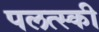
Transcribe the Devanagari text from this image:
पलत्स्की